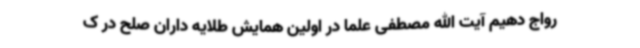
رواج دهیم آیت الله مصطفی علما در اولین همایش طلایه داران صلح در ک